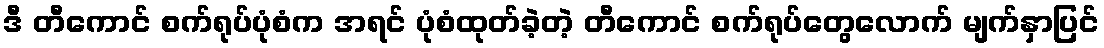
ဒီ တီကောင် စက်ရုပ်ပုံစံက အရင် ပုံစံထုတ်ခဲ့တဲ့ တီကောင် စက်ရုပ်တွေလောက် မျက်နှာပြင်